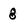
Character: 8